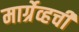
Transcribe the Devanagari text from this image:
मार्ग्रेव्हची